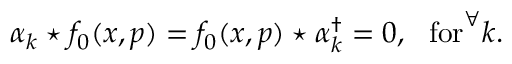
\alpha _ { k } \star f _ { 0 } ( x , p ) = f _ { 0 } ( x , p ) \star \alpha _ { k } ^ { \dagger } = 0 , ~ ~ \mathrm { f o r } ^ { \forall } k .